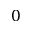
0